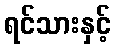
ရင်သားနှင့်